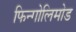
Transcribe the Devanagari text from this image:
फिन्गोलिमोड